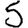
Digit: 5